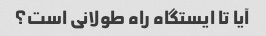
آیا تا ایستگاه راه طولانی است؟